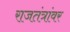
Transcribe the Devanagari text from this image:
राजतंत्रांवर